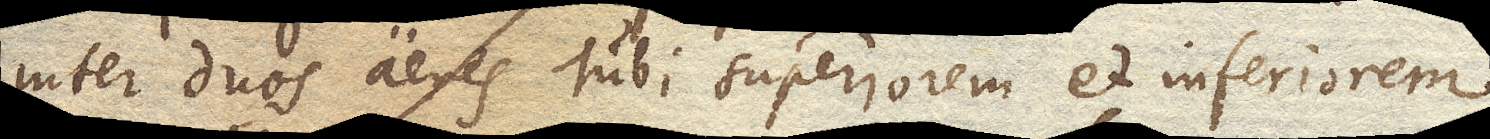
inter duos aeris Tubi superiorem et inferiorem,